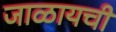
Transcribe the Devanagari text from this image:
जाळायची